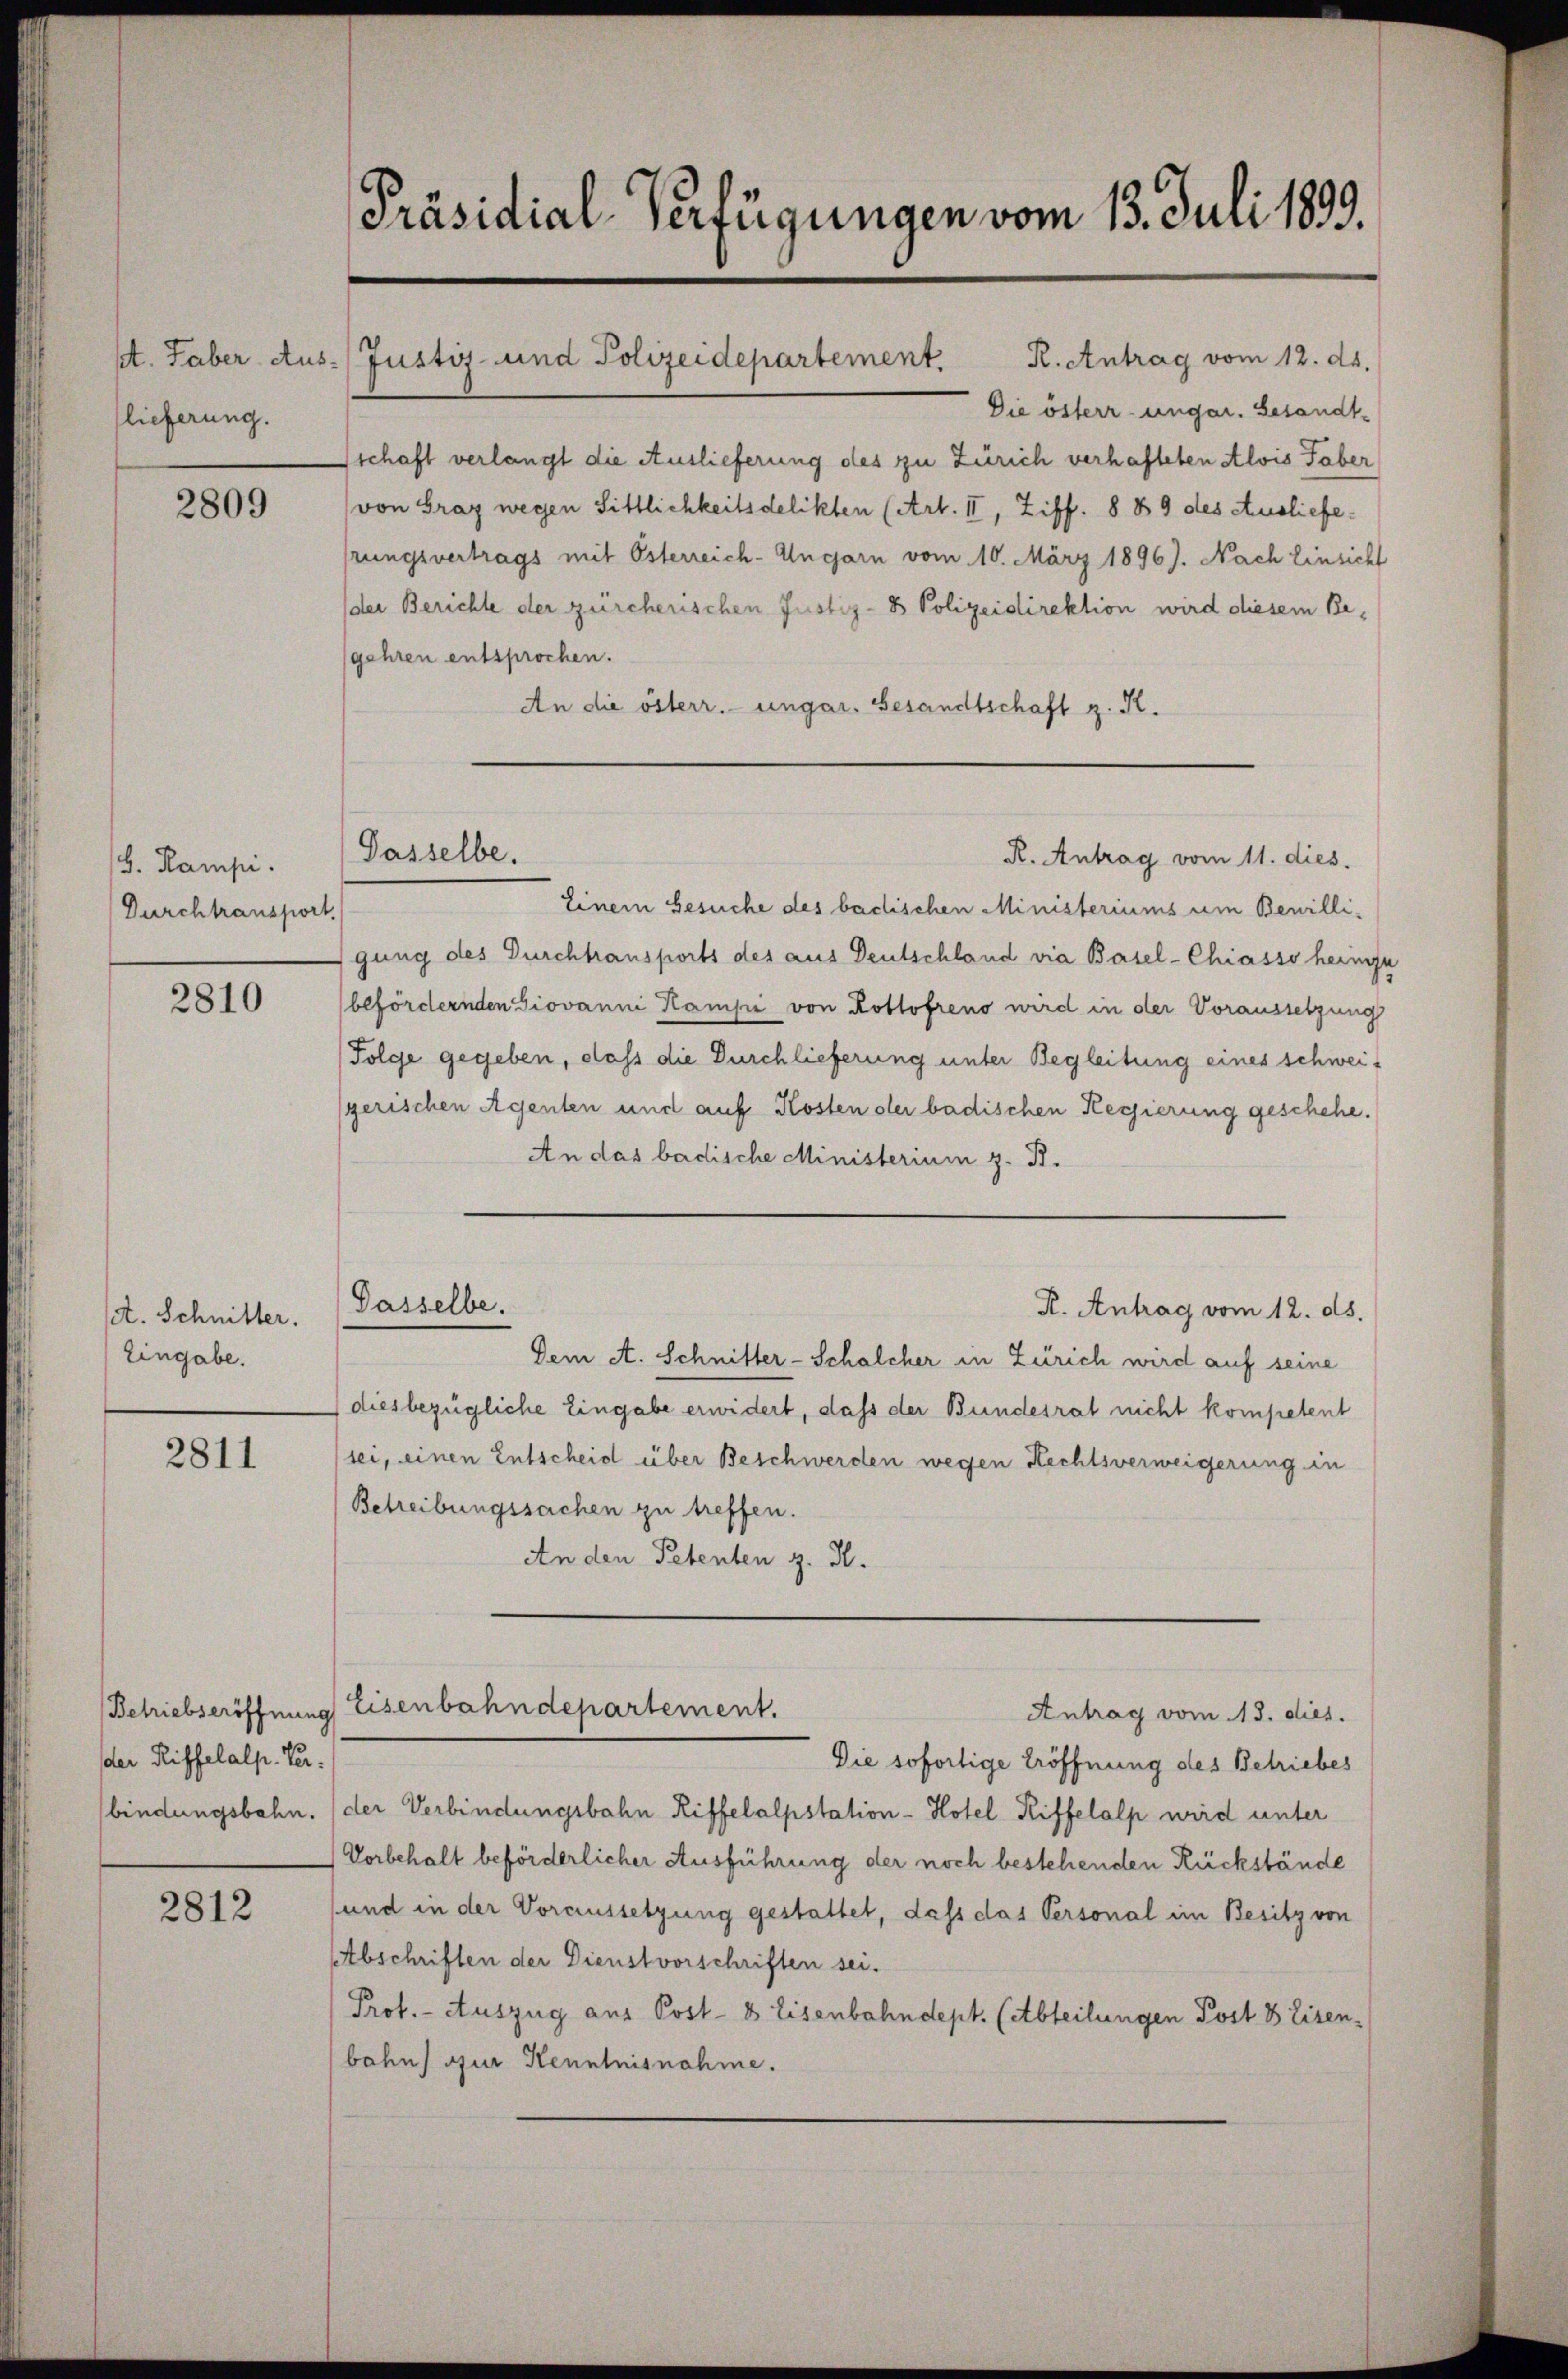
lieferung.

2809

8. Kampi.
Durchtransport.

2810

A. Schnitter.
Eingabe.

2811

Betriebseröffnung
der Riffelalp. Ver
bindungsbahn.

2812

Präsidial-Verfügungen vom 13. Juli 1803.

Die österr-ungar. Gesandtfschaft verlangt die Auslieferung des zu Zürich verhafteten Alois Taber
von Graz wegen Sittlichkeitsdelikten (Art. II, Ziff. 8 89 des Auslieferungsvertrags mit Österreich-Ungarn vom 10. März 1896). Nach Einsicht
(der Berichte der zürcherischen Justiz- & Polizeidirektion wird diesem Be-
gehren entsprochen.
An die österr. ungar. Gesandtschaft z. R.

s. Faber Aus-Justiz- und Polizeidepartement. R. Antrag vom 12. ds.

Passelbe.

Dasselbe.

R. Antrag vom 11. dies.
Einem Gesuche des badischen Ministeriums um Bewilligung des Durchtransports des aus Deutschland via Basel-Chiasso heimf
befördernden Giovanni Kampi von Rothofreno wird in der Voraussetzung
Folge gegeben, dass die Durchlieferung unter Begleitung eines schweisgerischen Agenten und auf Kosten der badischen Regierung geschehe.
An das badische Ministerium z. B.
Dem A. Schnitter-Schalcher in Zürich wird auf seine
diesbezügliche Eingabe erwidert, daß der Bundesrat nicht kompetent
sei, einen Entscheid über Beschwerden wegen Rechtsverweigerung in
Betreibungssachen zu treffen.
An den Petenten z. B.
Eisenbahndepartement.
Antrag vom 13. dies.
Die sofortige Eröffnung des Betriebes
der Verbindungsbahn Riffelalpstation - Hotel Riffelalp wird unter
Vorbehalt beförderlicher Ausführung der noch bestehenden Rückstände
und in der Voraussetzung gestattet, dass das Personal im Besitz von
Abschriften der Dienstvorschriften sei.
Prot. - Auszug aus Post- & Eisenbahndept. (Abteilungen Post 8 Eisenbahn zur Kenntnisnahme.

R. Antrag vom 12. ds.